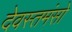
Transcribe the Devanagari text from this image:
देवस्तमंसो